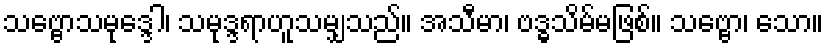
သဗ္ဗောသမုဒ္ဒေါ၊ သမုဒ္ဒရာဟူသမျှသည်။ အသီမာ၊ ဗဒ္ဓသိမ်မဖြစ်။ သဗ္ဗော၊ သော။